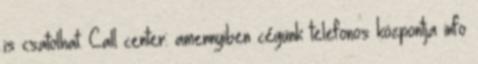
is csatolhat. Call center: amennyiben cégünk telefonos központja info